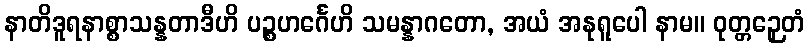
နာတိဒူရနာစ္စာသန္နတာဒီဟိ ပဉ္စဟင်္ဂေဟိ သမန္နာဂတော, အယံ အနုရူပေါ နာမ။ ဝုတ္တဉှေတံ